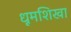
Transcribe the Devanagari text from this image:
धूमशिखा